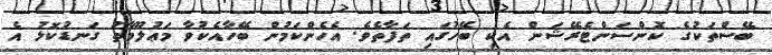
ބޭސްތަކުގެ ކޮންސަންޓެރޭޝަން އެކި ބޭހުގައި ތަފާތެވެ. އެހެންކަމުން ބޭހާއެކުވާ މަޢުލޫމާތު ގަނޑުކޮޅު އެ